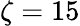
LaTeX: \zeta=15